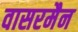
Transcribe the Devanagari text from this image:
वासरमैन